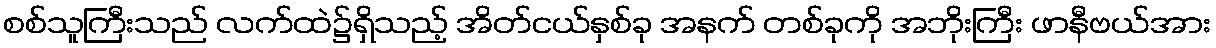
စစ်သူကြီးသည် လက်ထဲ၌ရှိသည့် အိတ်ငယ်နှစ်ခု အနက် တစ်ခုကို အဘိုးကြီး ဖာနီဗယ်အား